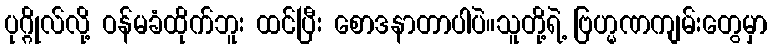
ပုဂ္ဂိုလ်လို့ ဝန်မခံထိုက်ဘူး ထင်ပြီး စောဒနာတာပါပဲ။သူတို့ရဲ့ ဗြဟ္မဏကျမ်းတွေမှာ